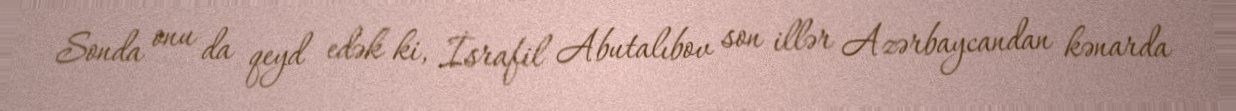
Sonda onu da qeyd edək ki, İsrafil Abutalıbov son illər Azərbaycandan kənarda